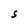
Character: S